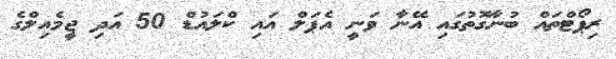
ރިޕޯޓްތައް ބުނާގޮތުގައި އޭނާ ވަނީ އެޕަލް އައި ކްލައުޑް 50 އަދި ޖީމެއިލްގެ